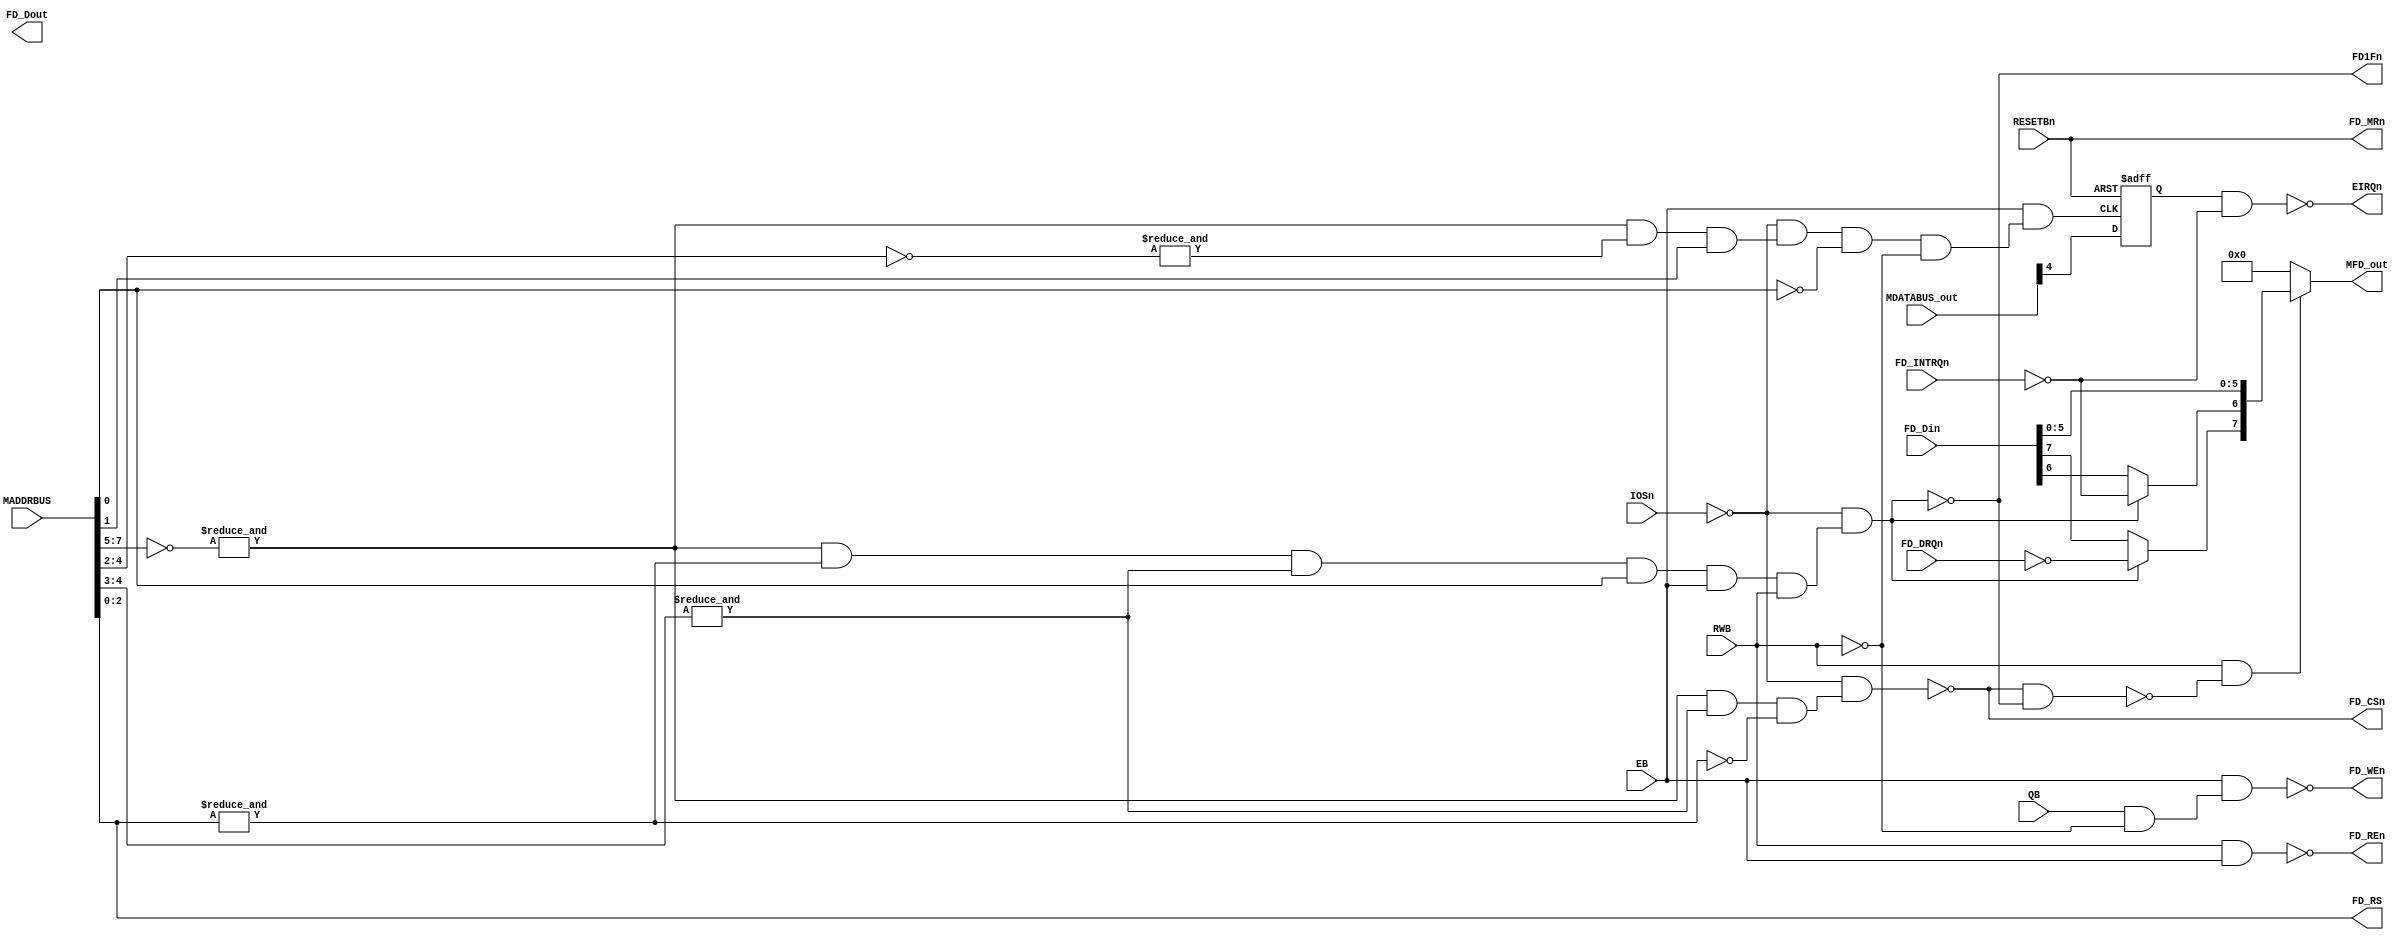

module MFD(
  input [15:0] MADDRBUS,
  input [7:0] MDATABUS_out,
  output [7:0] MFD_out,
  input IOSn,
  input EB,
  input QB,
  input RESETBn,
  input RWB,
  output EIRQn,
  output FD1Fn,

  // to floppy disk
  output FD_CSn,
  output [7:0] FD_Dout,
  input [7:0] FD_Din,
  output [2:0] FD_RS,
  input FD_DRQn,
  input FD_INTRQn,
  output FD_MRn,
  output FD_WEn,
  output FD_REn
);

wire [15:0] EAB = MADDRBUS;
wire  [7:0] EDB = MDATABUS_out;

wire EIOSn           = IOSn;
wire EE              = EB;
wire EQ              = QB;
wire ERESETn         = RESETBn;
wire ERW             = RWB;

wire m14_6 = &(~EAB[7:5]);
wire m7_3  = &EAB[4:3];
wire m13_3 = ~&EAB[2:0];
wire m8_12 = ~(m14_6 & m7_3 & m13_3);
wire m2_8  = ~(m14_6 & ~m13_3 & m7_3 & EAB[0] & EE & ERW);

wire m12_3 = ~(~EIOSn & ~m8_12); // $FD18-$FD1D
wire m12_6 = ~(~EIOSn & ~m2_8);  // $FD1F & E

wire m14_12 = &(~EAB[4:2]);
wire m8_8   = ~(m14_6 & m14_12 & EAB[1]);
wire m14_8  = ~IOSn & ~m8_8 & ~EAB[0]; // $FD02

wire m7_8 = m14_8 & ~ERW;
wire m13_6 = EE & m7_8;

// IRQ mask
reg m6_q;
wire s0 = ~ERESETn;
always @(posedge m13_6 or posedge s0)
  if (s0) m6_q <= 1'b1;
  else m6_q <= EDB[4];

wire m7_6 = EQ & ~ERW;
wire m3_3 = ~(EE & m7_6);
wire m3_6 = ~(ERW & EE);

assign EIRQn = ~(m6_q & ~FD_INTRQn);
assign FD_MRn = ERESETn;
assign FD_WEn = m3_3;
assign FD_REn = m3_6;
assign FD_RS  = EAB[2:0];

assign FD1Fn = m12_6;
assign FD_CSn = m12_3;

assign MFD_out = ERW & ~(m12_3 & m12_6) ? {
  ~m12_6 ? ~FD_DRQn   : FD_Din[7],
  ~m12_6 ? ~FD_INTRQn : FD_Din[6],
  FD_Din[5:0]
} : 8'h00;

endmodule